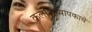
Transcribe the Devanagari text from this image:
कलाअध्यापकाचे